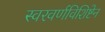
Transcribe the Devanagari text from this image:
स्वरवर्णविशिष्टेन